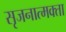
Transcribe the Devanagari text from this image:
सृजनात्मक्ता